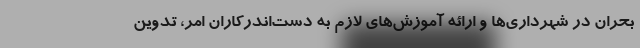
بحران در شهرداری‌ها و ارائه آموزش‌های لازم به دست‌اندرکاران امر، تدوین